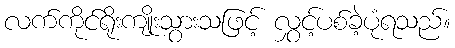
လက်ကိုင်ရိုးကျိုးသွားသဖြင့် လွှင့်ပစ်ခဲ့ပုံရသည်။